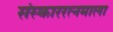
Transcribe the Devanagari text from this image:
संस्काररत्नमाला